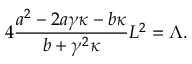
4 \frac { a ^ { 2 } - 2 a \gamma \kappa - b \kappa } { b + \gamma ^ { 2 } \kappa } L ^ { 2 } = \Lambda .